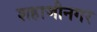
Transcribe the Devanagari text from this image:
शहाजीनगर